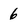
Character: 6